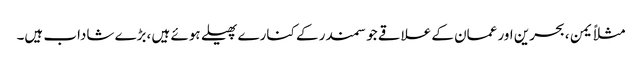
مثلاً یمن ،بحرین اور عمان کے علاقے جو سمندر کے کنارے پھیلے ہوئے ہیں ،بڑے شاداب ہیں۔